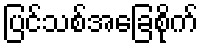
ပြင်သစ်အခြေစိုက်